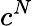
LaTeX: c^{N}